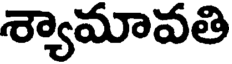
శ్యామావతి